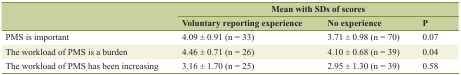
| <ROWSPAN=2>  | <COLSPAN=3> Mean with SDs of scores |
 | Voluntary reporting experience | No experience | P |
 | --- | --- | --- | --- |
 | PMS is important | 4.09 ± 0.91 (n = 33) | 3.71 ± 0.98 (n = 70) | 0.07 |
 | The workload of PMS is a burden | 4.46 ± 0.71 (n = 26) | 4.10 ± 0.68 (n = 39) | 0.04 |
 | The workload of PMS has been increasing | 3.16 ± 1.70 (n = 25) | 2.95 ± 1.30 (n = 39) | 0.58 |